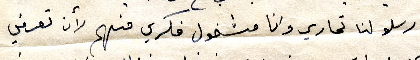
لم ارسلو لنا تحارير وانا مشغول فكري فيهم لأن تعرفي